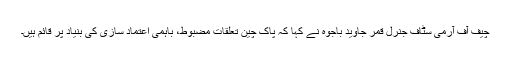
چیف آف آرمی سٹاف جنرل قمر جاوید باجوہ نے کہا کہ پاک چین تعلقات مضبوط، باہمی اعتماد سازی کی بنیاد پر قائم ہیں۔